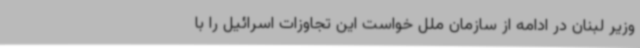
وزیر لبنان در ادامه از سازمان ملل خواست این تجاوزات اسرائیل را با